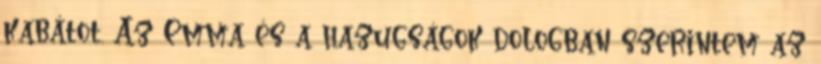
kabátot. Az Emma és a hazugságok dologban szerintem az